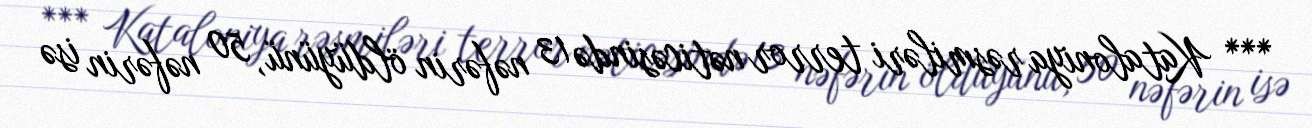
*** Kataloniya rəsmiləri terror nəticəsində 13 nəfərin öldüyünü, 50 nəfərin isə